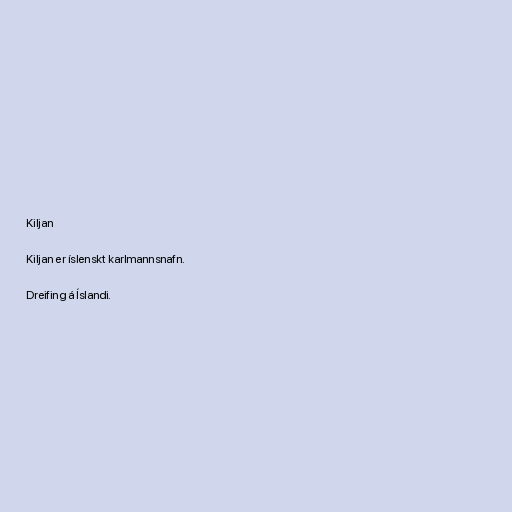
Kiljan

Kiljan er íslenskt karlmannsnafn.

Dreifing á Íslandi.